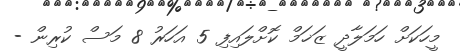
މީހަކަށް ހަމަލާދީ ޒަޚަމް ކޮށްލައިފި 5 އަހަރު 8 މަސް ކުރިން -